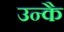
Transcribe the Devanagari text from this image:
उन्कै